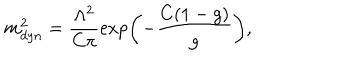
m _ { d y n } ^ { 2 } = \frac { \Lambda ^ { 2 } } { C \pi } \exp \left( - \frac { C ( 1 - g ) } { g } \right) ,